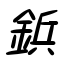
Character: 鋲